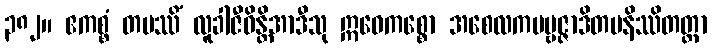
၃၈၂။ ဧကစ္စံ တပဿိံ လူခါဇီဝိန္တိအာဒီသု ဣဓေကစ္စော အစေလကပဗ္ဗဇ္ဇာဒိတပနိဿိတတ္တာ